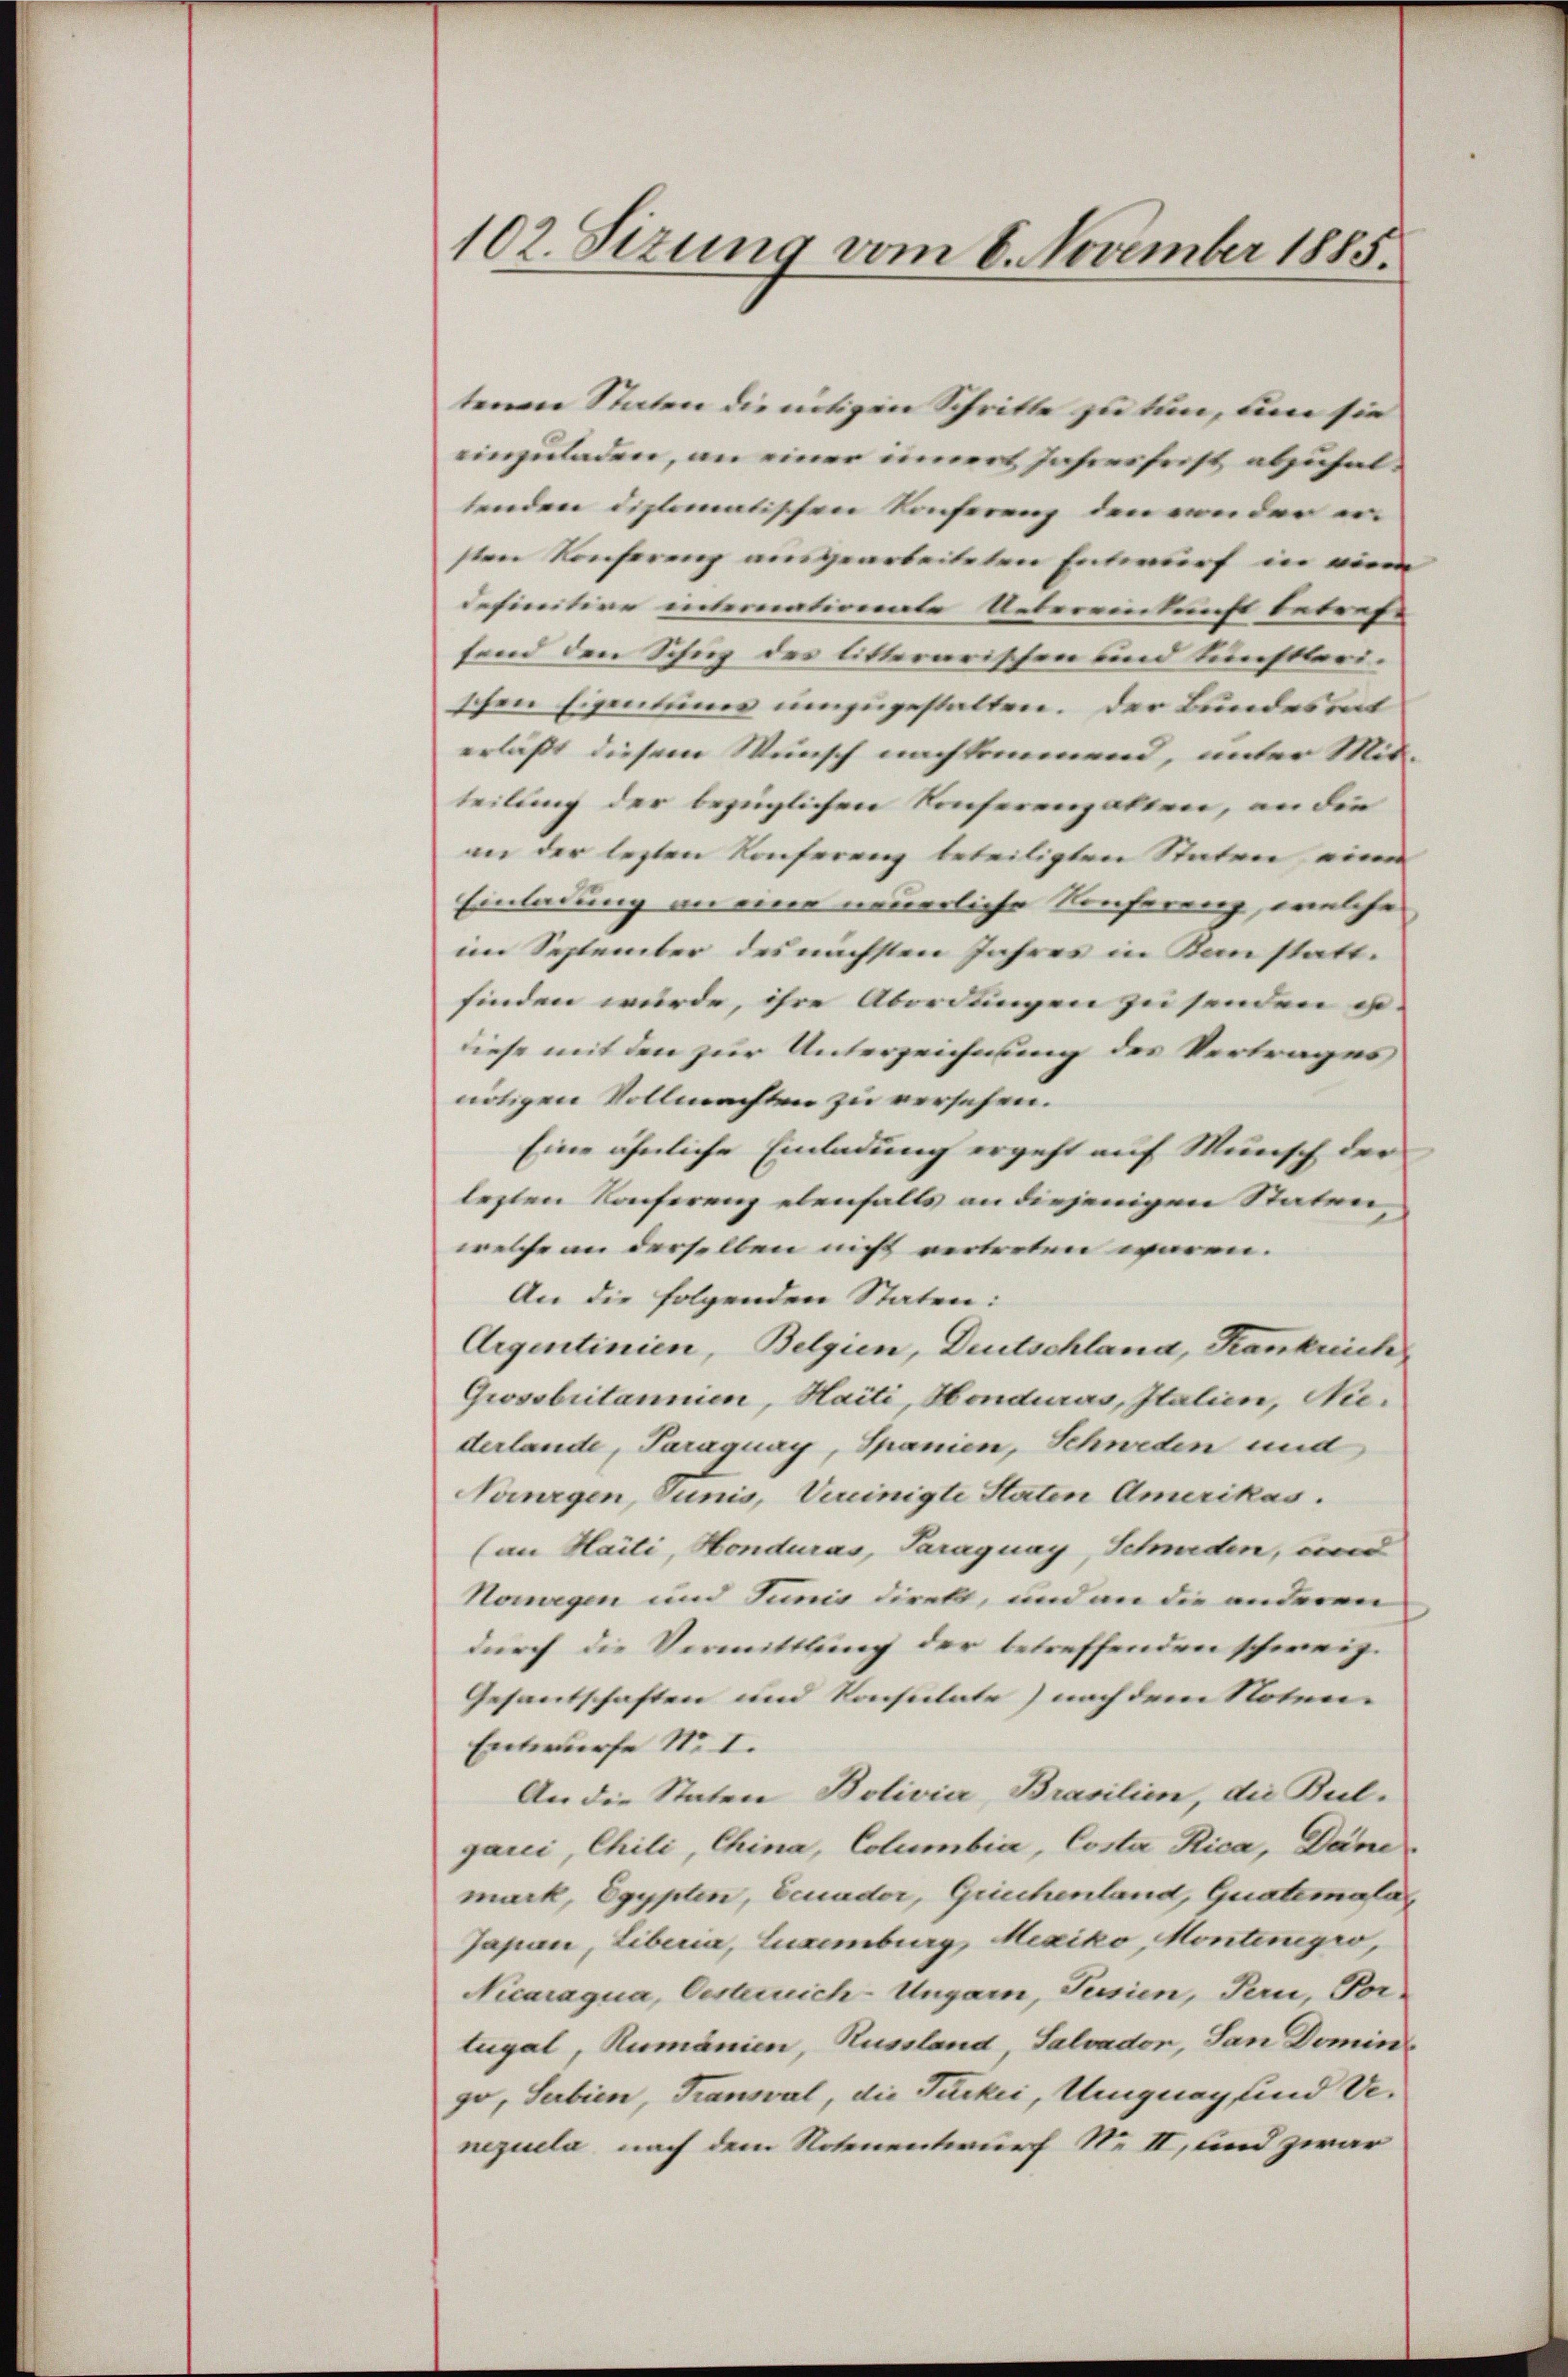
102. Sizung vom 8. November 1885.

tenen Staten die nötigen Schritte zu tun, um sie
einzuladen, an einer innert Jahresfest abzuhaltenden diplomatischen Konferenz den von der ersten Konferenz ausgearbeiteten Entwurf in eine
definitive internationale Uebereinkunft betref-
fond den Schug des litterarischen und Kunstlerischen Eigentums umzugestalten. Der Bundesrat
erläßt diesem Wunsch nachkommend, unter Mit-
teilung der bezüglichen Konferengatten, an die
an der letzten Konferenz beteiligten Staten eine
Einladung an eine neuerliche Konferenz, welche
im September des nächsten Jahres in Kanstatt.
finden würde, ihre Abordungen zu senden u.
diese mit den zur Unterzeichnung des Vertrages
nötigen Vollmachten zu versehen.
Eine ähnliche Einladung ergeht auf Wunsch der
lezten Konferenz ebenfalls an diejenigen Staten,
welche an derselben nicht vertreten waren.
An die folgenden Staten:
Argentinien, Belgien, Deutschland, Frankreich
Grossbritannien, Haiti, Honduras, Italien, Niederlande, Paraguay, Spanien, Schweden und
Tourgen, Tunis, Vereinigte Staten Amerikas.
(an Haiti, Honduras, Paraguay, Schweden, und
Howegen und Junis direkt, und an die anderen
durch die Vermittlung der betreffenden schweiz.
Gesantschaften und Konsulate) nach dem Noten-
Entwurfe No I.
An die Staten Bolivia Brasilien, die Bul-
gari, Chili, China, Columbia, Costa Rica, Däner
mark, Egypten, beuader, Griechenland, Quatemala
Japan, Liberia, Luxenburg, Mexiko, Montenegro,
Nicaraqua, Oesterreich-Ungarn, Tessien, Pern, Vor-
tugal, Rumänien, Russland, Salvador, San Domine
go, Serbien, Transval, die Parkei, Ungnag sind Venezuela nach dem Notenentwurf No II, und zwar